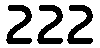
222